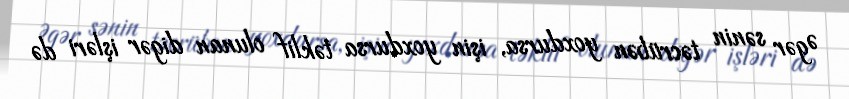
Əgər sənin təcrübən yoxdursa, işin yoxdursa təklif olunan digər işləri də